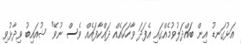
އަޅުގަނޑު އިން ބައްދަލުވުމެއްގައި އެފަދަ ވާހަކައެއް ދައްކާފައެއް ވެސް ނުވޭ" ޝުއައިބު ވިދާޅުވި